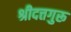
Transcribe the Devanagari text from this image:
श्रीदत्तगुरू